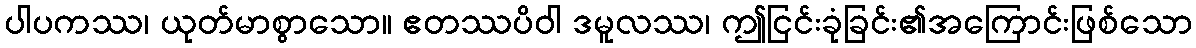
ပါပကဿ၊ ယုတ်မာစွာသော။ ဧတဿပိဝါ ဒမူလဿ၊ ဤငြင်းခုံခြင်း၏အကြောင်းဖြစ်သော